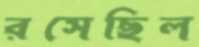
রসেছিল